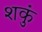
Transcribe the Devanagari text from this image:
शकुं